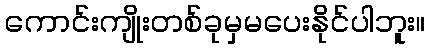
ကောင်းကျိုးတစ်ခုမှမပေးနိုင်ပါဘူး။